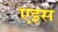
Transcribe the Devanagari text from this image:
एइस